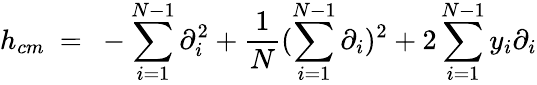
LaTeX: h_{cm}\ =\ -\sum_{i=1}^{N-1}\partial_{i}^{2}+\frac{1}{N}(\sum_{i=1}^{N-1}\partial_{i})^{2}+2\sum_{i=1}^{N-1}y_{i}\partial_{i}